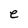
Character: e